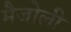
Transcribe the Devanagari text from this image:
मैजोली